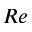
R e